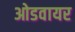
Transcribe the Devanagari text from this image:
ओडवायर